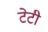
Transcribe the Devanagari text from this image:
टेटी